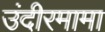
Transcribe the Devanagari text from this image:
उंदीरमामा